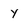
Character: Y